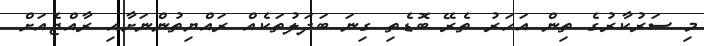
މި ސަރުކާރުގެ ތިން އަހަރު ތެރޭ ބޮޑެތި ގިނަ ބަދަލުތަކެއް ރައްޔިތުންނަށާއި ރާއްޖެއަށް